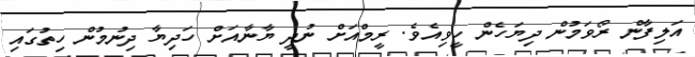
އަލިފާން ރޯވަމުން ދިޔަހެން ހީވިއެވެ. ރީމްއަށް ނުދީ ޔާނާއަށް ހަދިޔާ ދިނުމުން ހިތުގައި